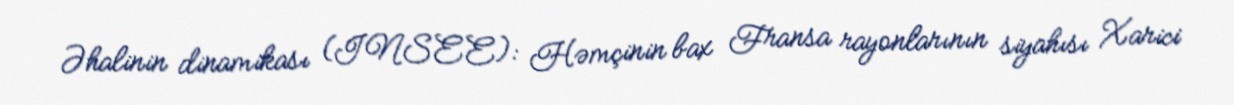
Əhalinin dinamikası (INSEE): Həmçinin bax Fransa rayonlarının siyahısı Xarici